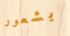
بشعور